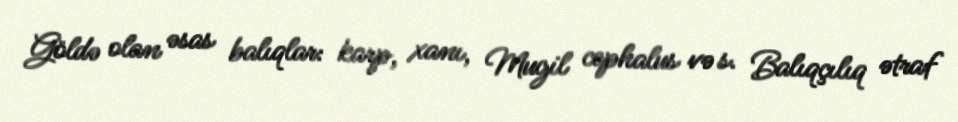
Göldə olan əsas balıqlar: karp, xanı, Mugil cephalus və s. Balıqçılıq ətraf